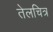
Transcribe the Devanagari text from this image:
तेलचित्र